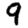
Digit: 9